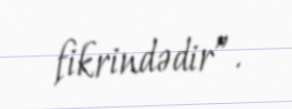
fikrindədir”.